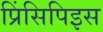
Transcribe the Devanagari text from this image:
प्रिंसिपिइस